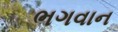
ભગવાન